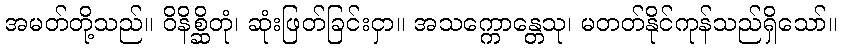
အမတ်တို့သည်။ ဝိနိစ္ဆိတုံ၊ ဆုံးဖြတ်ခြင်းငှာ။ အသက္ကောန္တေသု၊ မတတ်နိုင်ကုန်သည်ရှိသော်။